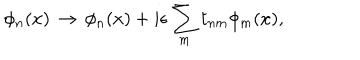
\phi _ { n } ( x ) \, \rightarrow \, \phi _ { n } ( x ) + i \epsilon \sum _ { m } t _ { n m } \phi _ { m } ( x ) ,